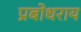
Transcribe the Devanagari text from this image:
प्रबोधराय